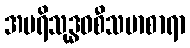
အပရိသုဒ္ဓဝစီသမာစာရာ